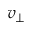
v _ { \perp }